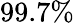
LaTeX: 99.7\%